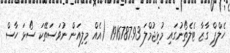
ހެލްޕް ގާޒާ ޓެލެތޯނުގައި މުޅިޖުމްލަ 1916787.93 (އެއް މިލިއަން ނުވަސަތޭކަ ސޯޅަ ހާސް